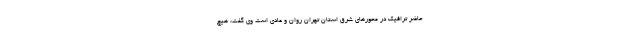
حاضر ترافیک در محورهای شرق استان تهران روان و عادی است وی گفت: هیچ